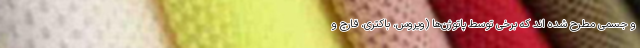
و جسمی مطرح شده اند که برخی توسط پاتوژن‌ها (ویروس، باکتری، قارچ و